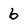
Character: 6